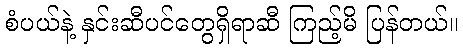
စံပယ်နဲ့ နှင်းဆီပင်တွေရှိရာဆီ ကြည့်မိ ပြန်တယ်။